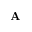
\mathbf { A }